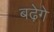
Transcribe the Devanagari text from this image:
बढ़ेगे